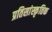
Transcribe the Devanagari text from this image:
प्रतिसांस्कृतिक